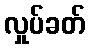
လှုပ်ခတ်